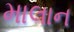
માલાન